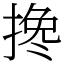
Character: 搀